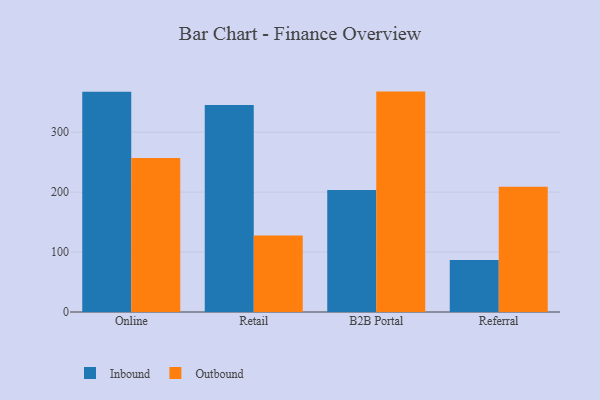
{"axis": {"x": "Channel", "y": "Energy Usage (MWh)"}, "legend": ["Inbound", "Outbound"], "data": [{"x": "Online", "y": 367.4, "type": "Inbound"}, {"x": "Online", "y": 256.9, "type": "Outbound"}, {"x": "Retail", "y": 345.5, "type": "Inbound"}, {"x": "Retail", "y": 127.8, "type": "Outbound"}, {"x": "B2B Portal", "y": 203.6, "type": "Inbound"}, {"x": "B2B Portal", "y": 367.7, "type": "Outbound"}, {"x": "Referral", "y": 86.8, "type": "Inbound"}, {"x": "Referral", "y": 209.1, "type": "Outbound"}]}